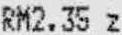
RM2.35 Z